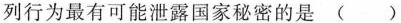
列行为最有可能泄露国家秘密的是 ()